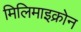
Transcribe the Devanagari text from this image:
मिलिमाइक्रोन